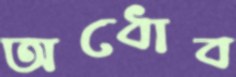
অধোব